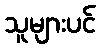
သူများပင်